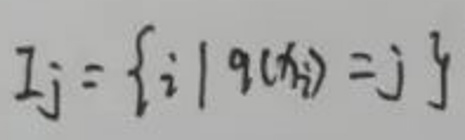
$I_j = \{ i \mid g(x_i)=j \}$